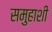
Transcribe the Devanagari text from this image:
समुहाशी